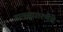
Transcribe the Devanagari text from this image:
ग्रामसुधारणेचे